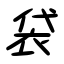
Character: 袋